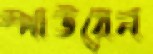
স্পাউয়েন